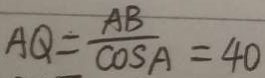
A Q = \frac { A B } { \cos A } = 4 0